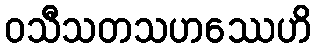
ဝသီသတသဟဿေဟိ